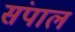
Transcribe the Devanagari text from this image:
संपाल